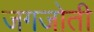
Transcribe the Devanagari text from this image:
जगजोती